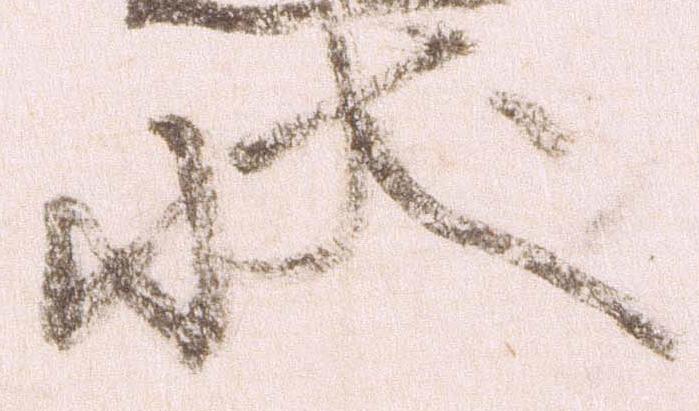
状